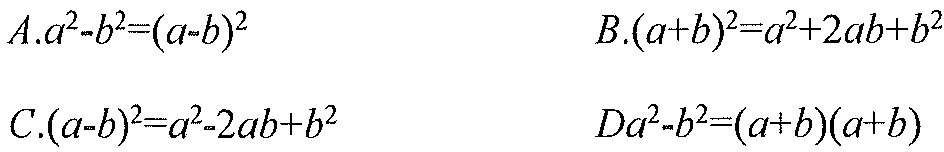
\(A.a^{2}-b^{2}=(a - b)^{2}\)  \(B.(a + b)^{2}=a^{2}+2ab + b^{2}\)
\(C.(a - b)^{2}=a^{2}-2ab + b^{2}\)  \(D.a^{2}-b^{2}=(a + b)(a + b)\)